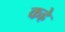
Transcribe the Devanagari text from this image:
कह्रे